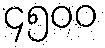
၄၅၀၀